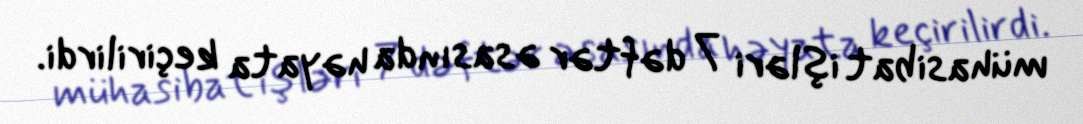
mühasibat işləri 7 dəftər əsasında həyata keçirilirdi.